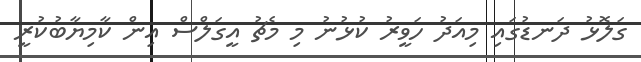
ގަލޮޅު ދަނޑުގައި މިއަދު ހަވީރު ކުޅުނު މި މެޗު އީގަލްސް އިން ކާމިޔާބުކުރީ